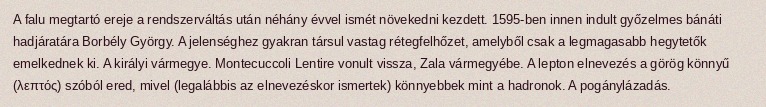
A falu megtartó ereje a rendszerváltás után néhány évvel ismét növekedni kezdett. 1595-ben innen indult győzelmes bánáti hadjáratára Borbély György. A jelenséghez gyakran társul vastag rétegfelhőzet, amelyből csak a legmagasabb hegytetők emelkednek ki. A királyi vármegye. Montecuccoli Lentire vonult vissza, Zala vármegyébe. A lepton elnevezés a görög könnyű (λεπτός) szóból ered, mivel (legalábbis az elnevezéskor ismertek) könnyebbek mint a hadronok. A pogánylázadás.